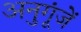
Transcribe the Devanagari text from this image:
अनुगूंजें